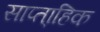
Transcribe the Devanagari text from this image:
साप्ता्हिक